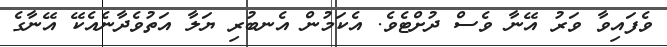
ވެފައިވާ ވަރު އޭނާ ވެސް ދުށްޓެވެ. އެކަމުން އެނބުރި ޔަލާ އަތުވެދާނެއެކޭ އޭނާގެ